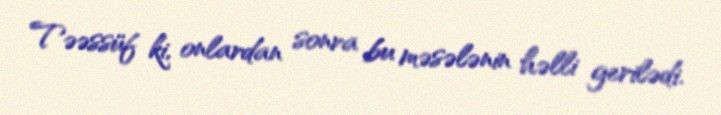
Təəssüf ki, onlardan sonra bu məsələnin həlli gerilədi.